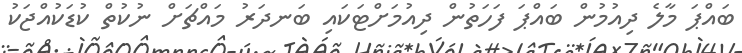
ބައްޕަ މާލެ ދިއުމުން ބައްޕަ ފަހަތުން ދިއުމަށްޓަކައި ބަނދަރު މައްޗަށް ނުކުތް ކުޑަކުއްޖަކު